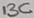
Text: 13C